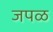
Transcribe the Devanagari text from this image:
जपळ